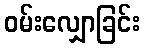
ဝမ်းလျှောခြင်း